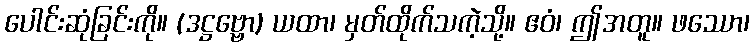
ပေါင်းဆုံခြင်းကို။ (ဒဋ္ဌဗ္ဗော) ယထာ၊ မှတ်ထိုက်သကဲ့သို့။ ဧဝံ၊ ဤအတူ။ ဖဿော၊